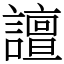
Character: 譠